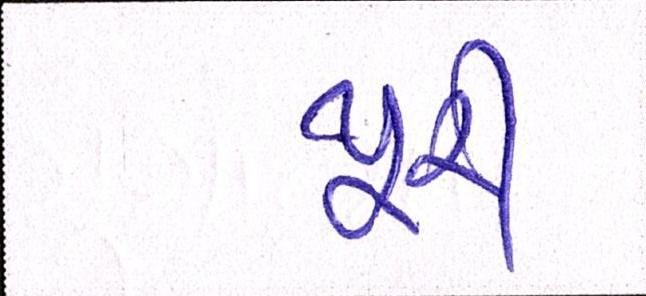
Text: પૂરી